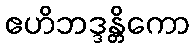
ဧဟိဘဒ္ဒန္တိကော